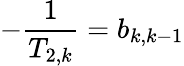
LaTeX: -\frac{1}{T_{2,k}}=b_{k,k-1}